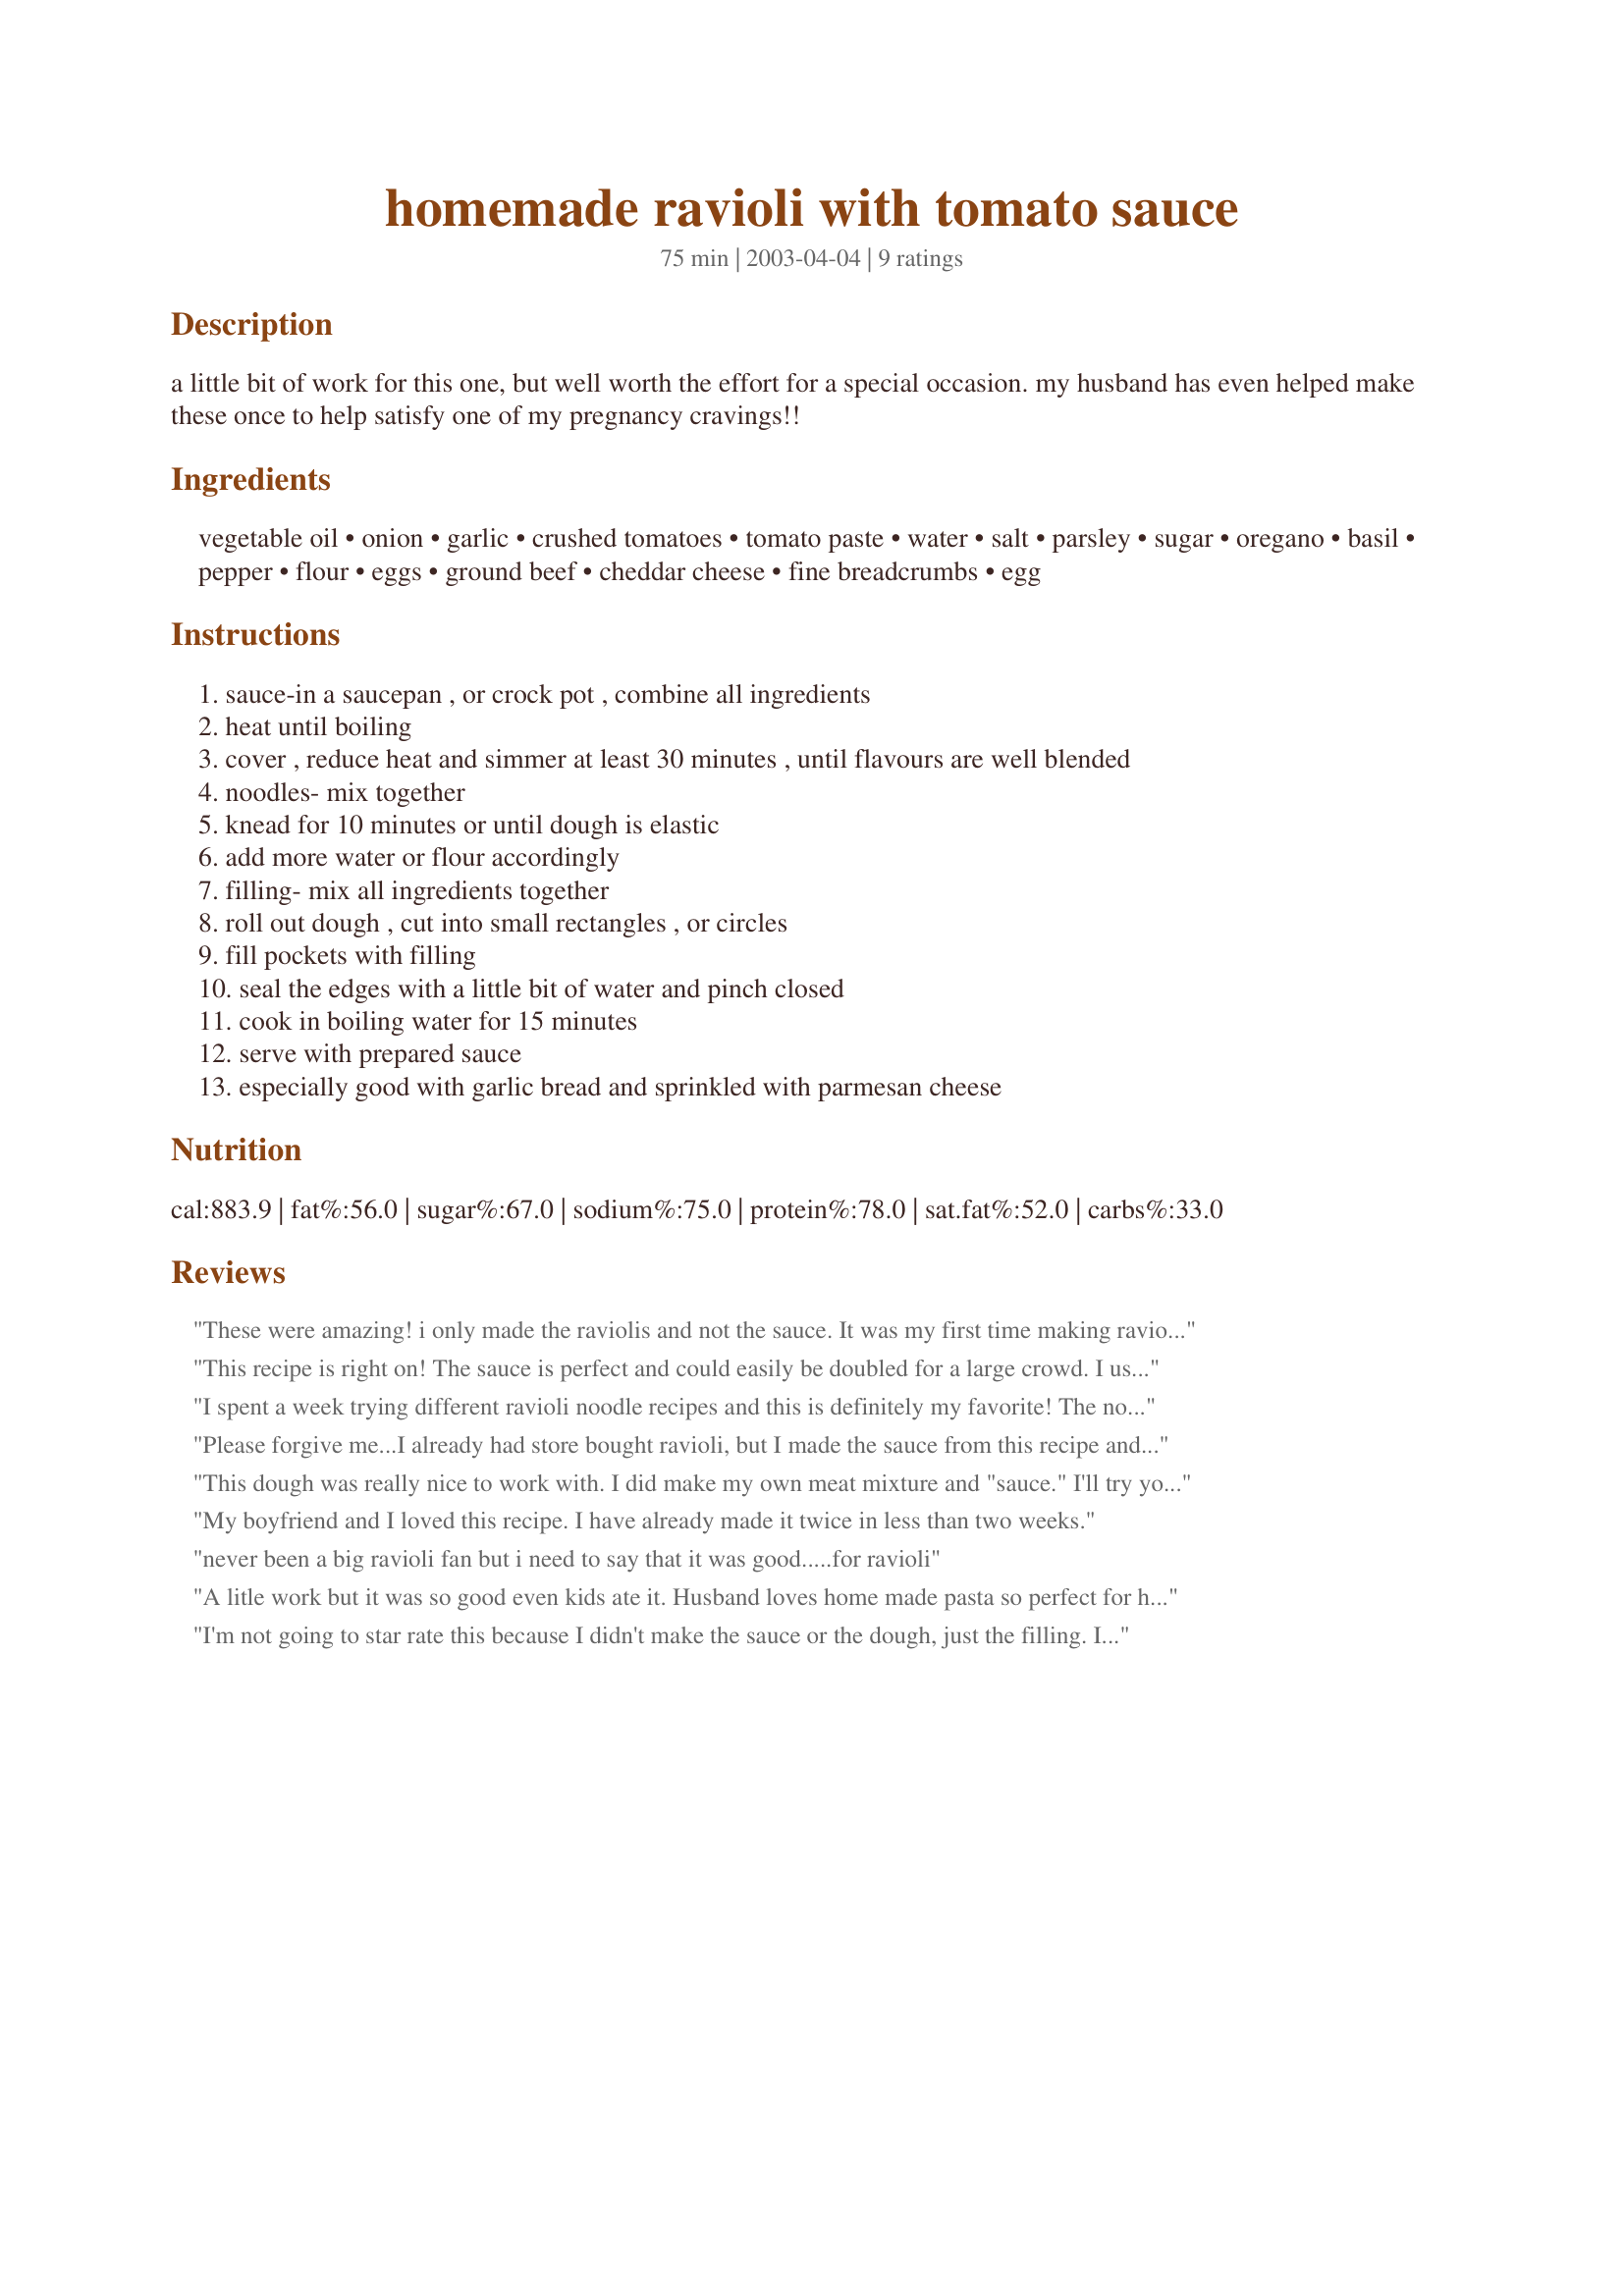
homemade ravioli with tomato sauce
Preparation time: 75 minutes

a little bit of work for this one, but well worth the effort for a special occasion. my husband has even helped make these once to help satisfy one of my pregnancy cravings!!

Ingredients:
vegetable oil, onion, garlic, crushed tomatoes, tomato paste, water, salt, parsley, sugar, oregano, basil, pepper, flour, eggs, ground beef, cheddar cheese, fine breadcrumbs, egg

Steps:
sauce-in a saucepan , or crock pot , combine all ingredients
heat until boiling
cover , reduce heat and simmer at least 30 minutes , until flavours are well blended
noodles- mix together
knead for 10 minutes or until dough is elastic
add more water or flour accordingly
filling- mix all ingredients together
roll out dough , cut into small rectangles , or circles
fill pockets with filling
seal the edges with a little bit of water and pinch closed
cook in boiling water for 15 minutes
serve with prepared sauce
especially good with garlic bread and sprinkled with parmesan cheese

Reviews:
These were amazing! i only made the raviolis and not the sauce. It was my first time making ravioli and the directions were so helpful. i did leave the cheese out of the filling, but it was still great. i doubled the recipe and froze a bunch. They're better fresh, but are still tasty after being frozen. i will definitely be making this again!! Thanks oodles, Pamela!
This recipe is right on! The sauce is perfect and could easily be doubled for a large crowd. I used my own filling using ricotta cheese, and a parmesean/romano/asiago mix you get in the refrigerated isle. Along with a little bit of bread crumb, salt, pepper, and the egg. They turned out to be the most perfect cheese raviolis! Making the raviolis took more time than I would have liked, but it was my first time, so next time shouldn't take as long since I know what it takes to get the dough rolled out and cut. Love this! Will make it again for sure!
I spent a week trying different ravioli noodle recipes and this is definitely my favorite! The noodles were easy to work with and cooked up nice and soft. I didn't make the filling, but I loved the tomato sauce too. I don't have a perogy maker, so I rolled the dough out and used a pizza wheel to cut squares. My kids really liked this too. Thanks Pamela!!
Please forgive me...I already had store bought ravioli, but I made the sauce from this recipe and i must say...It's pretty damn good!! My girlfriend loves it and so do I, I'm definitely using this sauce recipe for future dishes. Thanks a bunch :)
This dough was really nice to work with. I did make my own meat mixture and "sauce." I'll try your sauce next time. :)
My boyfriend and I loved this recipe. I have already made it twice in less than two weeks.
never been a big ravioli fan but i need to say that it was good.....for ravioli
A litle work but it was so good even kids ate it. Husband loves home made pasta so perfect for him. Will make it again.
I'm not going to star rate this because I didn't make the sauce or the dough, just the filling. I used a vegan mozzarella cheese substitute rather than the cheddar, but made it the same otherwise, and it was delish! Think next time I'll add a touch of basil. Thanks Pamela!
